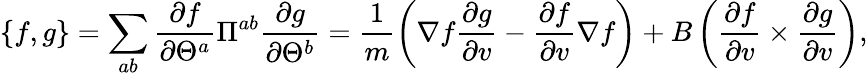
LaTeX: \{ f,g\} =\sum_{ab}\frac{\partial f}{\partial\Theta^{a}}\Pi^{ab}\frac{\partial g}{\partial\Theta^{b}}=\frac{1}{m}\left(\nabla f\frac{\partial g}{\partial v}-\frac{\partial f}{\partial v}\nabla f\right)+B\left(\frac{\partial f}{\partial v}\times\frac{\partial g}{\partial v}\right),